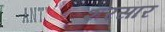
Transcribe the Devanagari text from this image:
शरसार